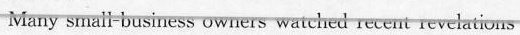
Many srualt business owners watched recent revelations